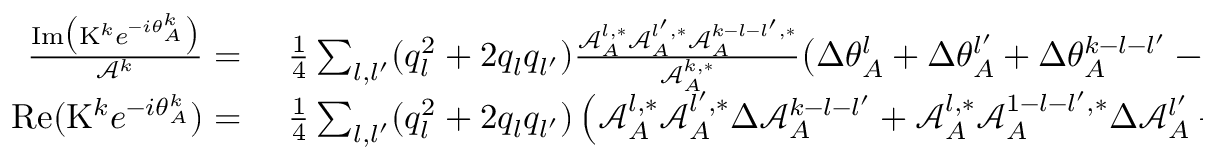
\begin{array} { r l } { \frac { \mathrm { I m } \big ( \mathrm { K } ^ { k } e ^ { - i \theta _ { A } ^ { k } } \big ) } { \mathcal { A } ^ { k } } = } & { { } ~ \frac { 1 } { 4 } \sum _ { { l } , { l ^ { \prime } } } ( q _ { l } ^ { 2 } + 2 q _ { l } q _ { l ^ { \prime } } ) \frac { \mathcal { A } _ { A } ^ { l , * } \mathcal { A } _ { A } ^ { l ^ { \prime } , * } \mathcal { A } _ { A } ^ { k - { l } - { l ^ { \prime } } , * } } { \mathcal { A } _ { A } ^ { k , * } } \big ( \Delta \theta _ { A } ^ { l } + \Delta \theta _ { A } ^ { l ^ { \prime } } + \Delta \theta _ { A } ^ { k - { l } - { l ^ { \prime } } } - \Delta \theta _ { A } ^ { k } \big ) g ^ { k , l , l ^ { \prime } } \, , } \\ { \mathrm { R e } ( \mathrm { K } ^ { k } e ^ { - i \theta _ { A } ^ { k } } ) = } & { { } ~ \frac { 1 } { 4 } \sum _ { { l } , { l ^ { \prime } } } ( q _ { l } ^ { 2 } + 2 q _ { l } q _ { l ^ { \prime } } ) \left( \mathcal { A } _ { A } ^ { l , * } \mathcal { A } _ { A } ^ { l ^ { \prime } , * } \Delta \mathcal { A } _ { A } ^ { k - { l } - { l ^ { \prime } } } + \mathcal { A } _ { A } ^ { l , * } \mathcal { A } _ { A } ^ { 1 - { l } - { l ^ { \prime } } , * } \Delta \mathcal { A } _ { A } ^ { l ^ { \prime } } + \mathcal { A } _ { A } ^ { l ^ { \prime } , * } \mathcal { A } _ { A } ^ { 1 - { l } - { l ^ { \prime } } , * } \Delta \mathcal { A } _ { A } ^ { l } \right) h ^ { k , l , l ^ { \prime } } \, , } \end{array}